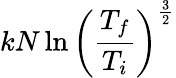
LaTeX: kN\ln\left(\frac{T_{f}}{T_{i}}\right)^{\frac{3}{2}}